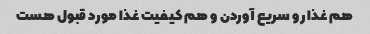
هم غذا رو سریع آوردن و هم کیفیت غذا مورد قبول هست